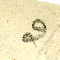
2